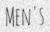
MEN'S